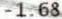
-1.68